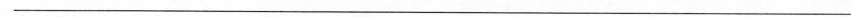
___